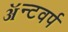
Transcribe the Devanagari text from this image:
ॲन्टवर्प